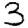
Digit: 3